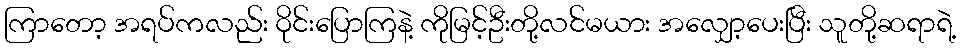
ကြာတော့ အရပ်ကလည်း ဝိုင်းပြောကြနဲ့ ကိုမြင့်ဦးတို့လင်မယား အလျှော့ပေးပြီး သူတို့ဆရာရဲ့